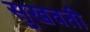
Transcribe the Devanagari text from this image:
सुखवती